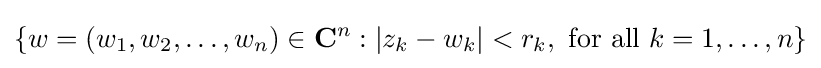
\{w=(w_{1},w_{2},\dots ,w_{n})\in {\mathbf {C} }^{n}:\vert z_{k}-w_{k}\vert <r_{k},{\mbox{ for all }}k=1,\dots ,n\}